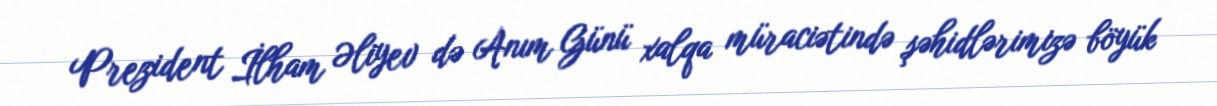
Prezident İlham Əliyev də Anım Günü xalqa müraciətində şəhidlərimizə böyük